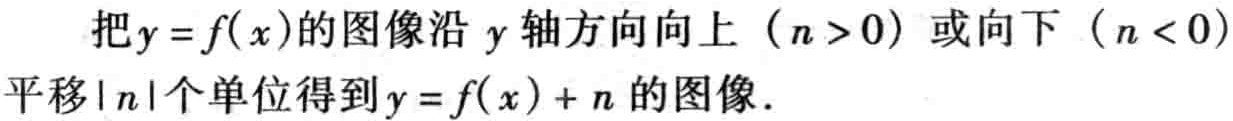
把\(y = f(x)\)的图像沿 \(y\)轴方向向上（\(n > 0\)）或向下（\(n < 0\)）平移\(\vert n\vert\)个单位得到\(y = f(x)+n\)的图像.